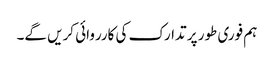
ہم فوری طور پر تدارک کی کارروائی کریں گے۔